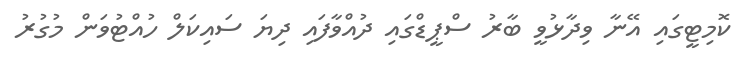
ކޮމިޓީގައި އޭނާ ވިދާޅުވީ ބާރު ސްޕީޑްގައި ދުއްވާފައި ދިޔަ ސައިކަލް ހުއްޓުވަން މުގުރު